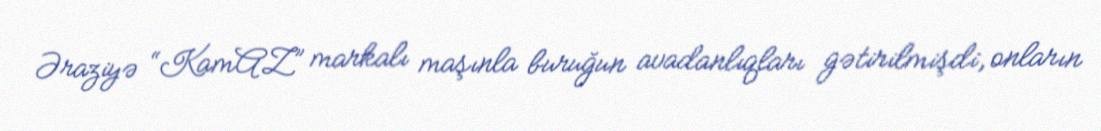
Əraziyə “KamAZ” markalı maşınla buruğun avadanlıqları gətirilmişdi, onların